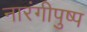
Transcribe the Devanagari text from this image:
नारंगीपुष्प